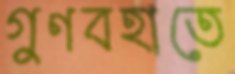
গুণবহাতে